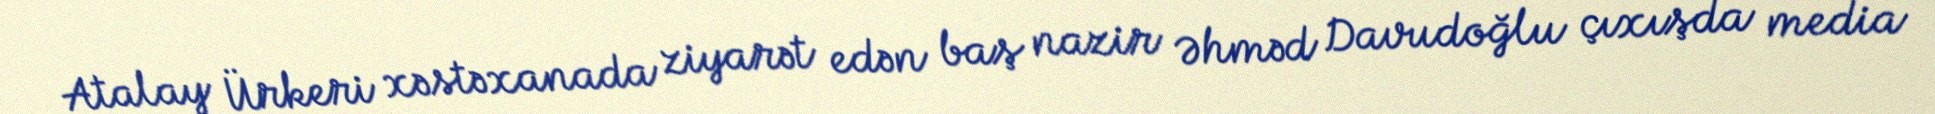
Atalay Ürkeri xəstəxanada ziyarət edən baş nazir Əhməd Davudoğlu çıxışda media